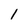
Character: 1